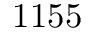
1 1 5 5